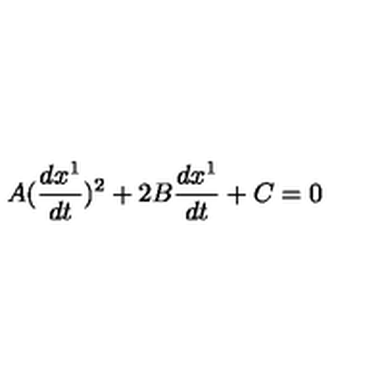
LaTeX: A ( \frac { d x ^ { 1 } } { d t } ) ^ { 2 } + 2 B \frac { d x ^ { 1 } } { d t } + C = 0